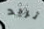
تريد